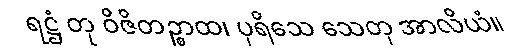
ရဋ္ဌံ တု ဝိဇိတဉ္စာထ၊ ပုရိသေ သေတု အာလိယံ။